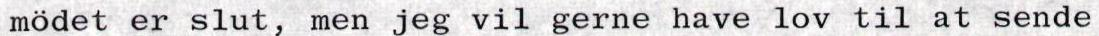
mödet er slut, men jeg vil gerne have lov til at sende